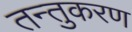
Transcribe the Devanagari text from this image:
तन्तुकरण